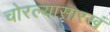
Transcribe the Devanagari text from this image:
चोरल्यासारखं